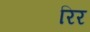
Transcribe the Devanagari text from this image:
रिर